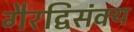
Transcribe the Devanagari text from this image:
गैरद्विसंक्य